Report on vaccination in Madras 1922-1929 - 1922-1929
Year: 1922
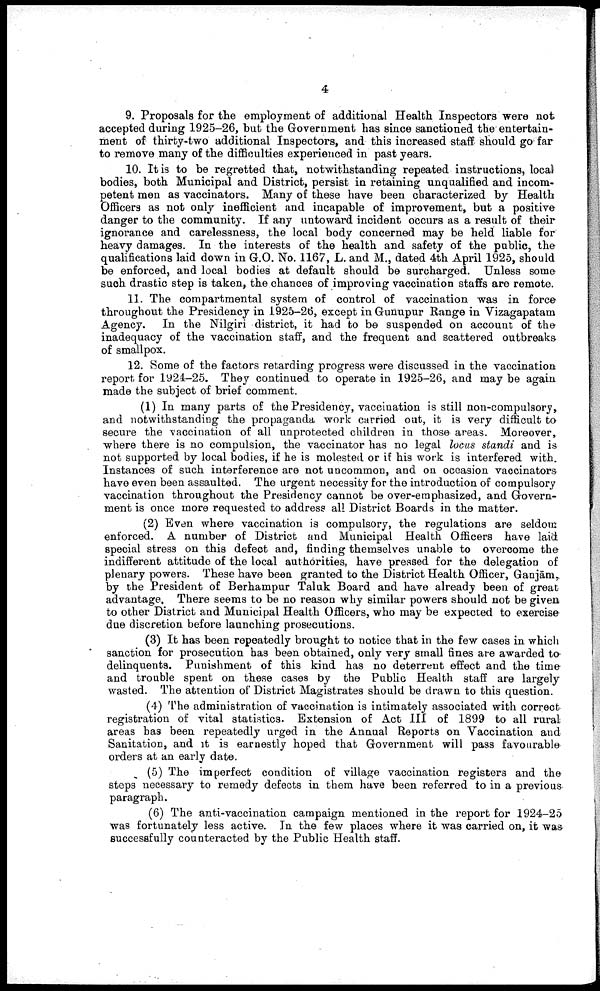
4
9. Proposals for the employment of additional Health Inspectors were not
accepted during 1925-26, but the Government has since sanctioned the entertain
ment of thirty-two additional Inspectors, and this increased staff should go far
to remove many of the difficulties experienced in past years.
10. It is to be regretted that, notwithstanding repeated instructions, local
bodies, both Municipal and District, persist in retaining unqualified and incom
petent men as vaccinators. Many of these have been characterized by Health
Officers as not only inefficient and incapable of improvement, but a positive
danger to the community. If any untoward incident occurs as a result of their
ignorance and carelessness, the local body concerned may be held liable for
heavy damages. In the interests of the health and safety of the public, the
qualifications laid down in G.O. No. 1167, L. and M., dated 4th April 1925, should
be enforced, and local bodies at default should be surcharged. Unless some
such drastic step is taken, the chances of improving vaccination staffs are remote.
11. The compartmental system of control of vaccination was in force
throughout the Presidency in 1925-26, except in Gunupur Range in Vizagapatam
Agency. In the Nilgiri district, it had to be suspended on account of the
inadequacy of the vaccination staff, and the frequent and scattered outbreaks
of smallpox.
12. Some of the factors retarding progress were discussed in the vaccination
report for 1924-25. They continued to operate in 1925-26, and may be again
made the subject of brief comment.
(1) In many parts of the Presidency, vaccination is still non-compulsory,
and notwithstanding the propaganda work carried out, it is very difficult to
secure the vaccination of all unprotected children in those areas. Moreover,
where there is no compulsion, the vaccinator has no legal locus standi and is
not supported by local bodies, if he is molested or if his work is interfered with.
Instances of such interference are not uncommon, and on occasion vaccinators
have even been assaulted. The urgent necessity for the introduction of compulsory
vaccination throughout the Presidency cannot be over-emphasized, and Govern
ment is once more requested to address all District Boards in the matter.
(2) Even where vaccination is compulsory, the regulations are seldom
enforced. A number of District and Municipal Health Officers have laid
special stress on this defect and, finding themselves unable to overcome the
indifferent attitude of the local authorities, have pressed for the delegation of
plenary powers. These have been granted to the District Health Officer, Ganjām,
by the President of Berhampur Taluk Board and have already been of great
advantage. There seems to be no reason why similar powers should not be given
to other District and Municipal Health Officers, who may be expected to exercise
due discretion before launching prosecutions.
(3) It has been repeatedly brought to notice that in the few cases in which
sanction for prosecution has been obtained, only very small fines are awarded to
delinquents. Punishment of this kind has no deterrent effect and the time
and trouble spent on these cases by the Public Health staff are largely
wasted. The attention of District Magistrates should be drawn to this question.
(4) The administration of vaccination is intimately associated with correct
registration of vital statistics. Extension of Act III of 1899 to all rural
areas has been repeatedly urged in the Annual Reports on Vaccination and
Sanitation, and it is earnestly hoped that Government will pass favourable
orders at an early date.
(5) The imperfect condition of village vaccination registers and the
steps necessary to remedy defects in them have been referred to in a previous
paragraph.
(6) The anti-vaccination campaign mentioned in the report for 1924-25
was fortunately less active. In the few places where it was carried on, it was-
successfully counteracted by the Public Health staff.